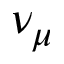
\nu _ { \mu }